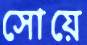
সোয়ে